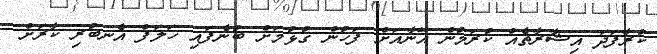
ކުރާފަދަ އިޝާރާތެއް ކުރަމުން އޭނާއަށް ފަހުން ގުޅުމަށް ބުނެފައި ހަލަފް އެނބުރި ކާރަށް